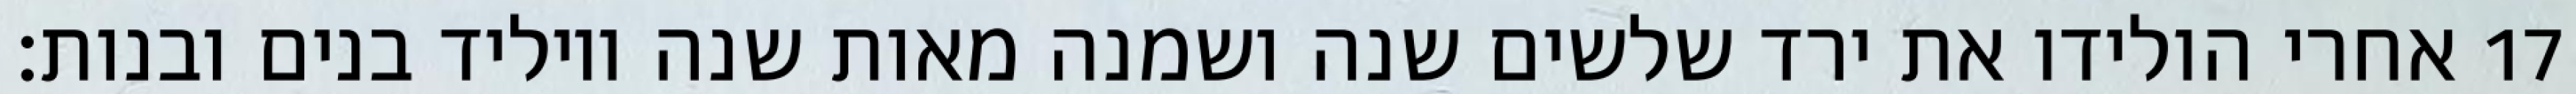
אחרי הולידו את ירד שלשים שנה ושמנה מאות שנה ויוליד בנים ובנות׃ ‎17‏